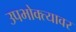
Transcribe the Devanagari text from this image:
उपभोक्त्यावर